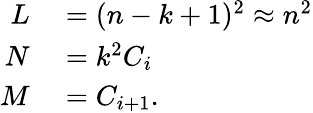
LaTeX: \begin{array}{rl}{L}&{{}=(n-k+1)^{2}\approx n^{2}}\\ {N}&{{}=k^{2}C_{i}}\\ {M}&{{}=C_{i+1}.}\end{array}